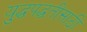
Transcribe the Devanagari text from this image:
युद्धपद्धतीसाठी